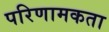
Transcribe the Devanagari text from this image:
परिणामकता